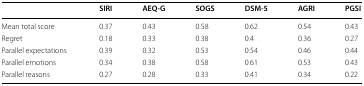
<table><thead><tr><td>[EMPTY_CELL]</td><td><b>SIRI</b></td><td><b>AEQ-G</b></td><td><b>SOGS</b></td><td><b>DSM-5</b></td><td><b>AGRI</b></td><td><b>PGSI</b></td></tr></thead><tbody><tr><td>Mean total score</td><td>0.37</td><td>0.43</td><td>0.58</td><td>0.62</td><td>0.54</td><td>0.43</td></tr><tr><td>Regret</td><td>0.18</td><td>0.33</td><td>0.38</td><td>0.4</td><td>0.36</td><td>0.27</td></tr><tr><td>Parallel expectations</td><td>0.39</td><td>0.32</td><td>0.53</td><td>0.54</td><td>0.46</td><td>0.44</td></tr><tr><td>Parallel emotions</td><td>0.34</td><td>0.38</td><td>0.58</td><td>0.61</td><td>0.53</td><td>0.43</td></tr><tr><td>Parallel reasons</td><td>0.27</td><td>0.28</td><td>0.33</td><td>0.41</td><td>0.34</td><td>0.22</td></tr></tbody></table>